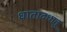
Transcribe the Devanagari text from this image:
धातादधातु